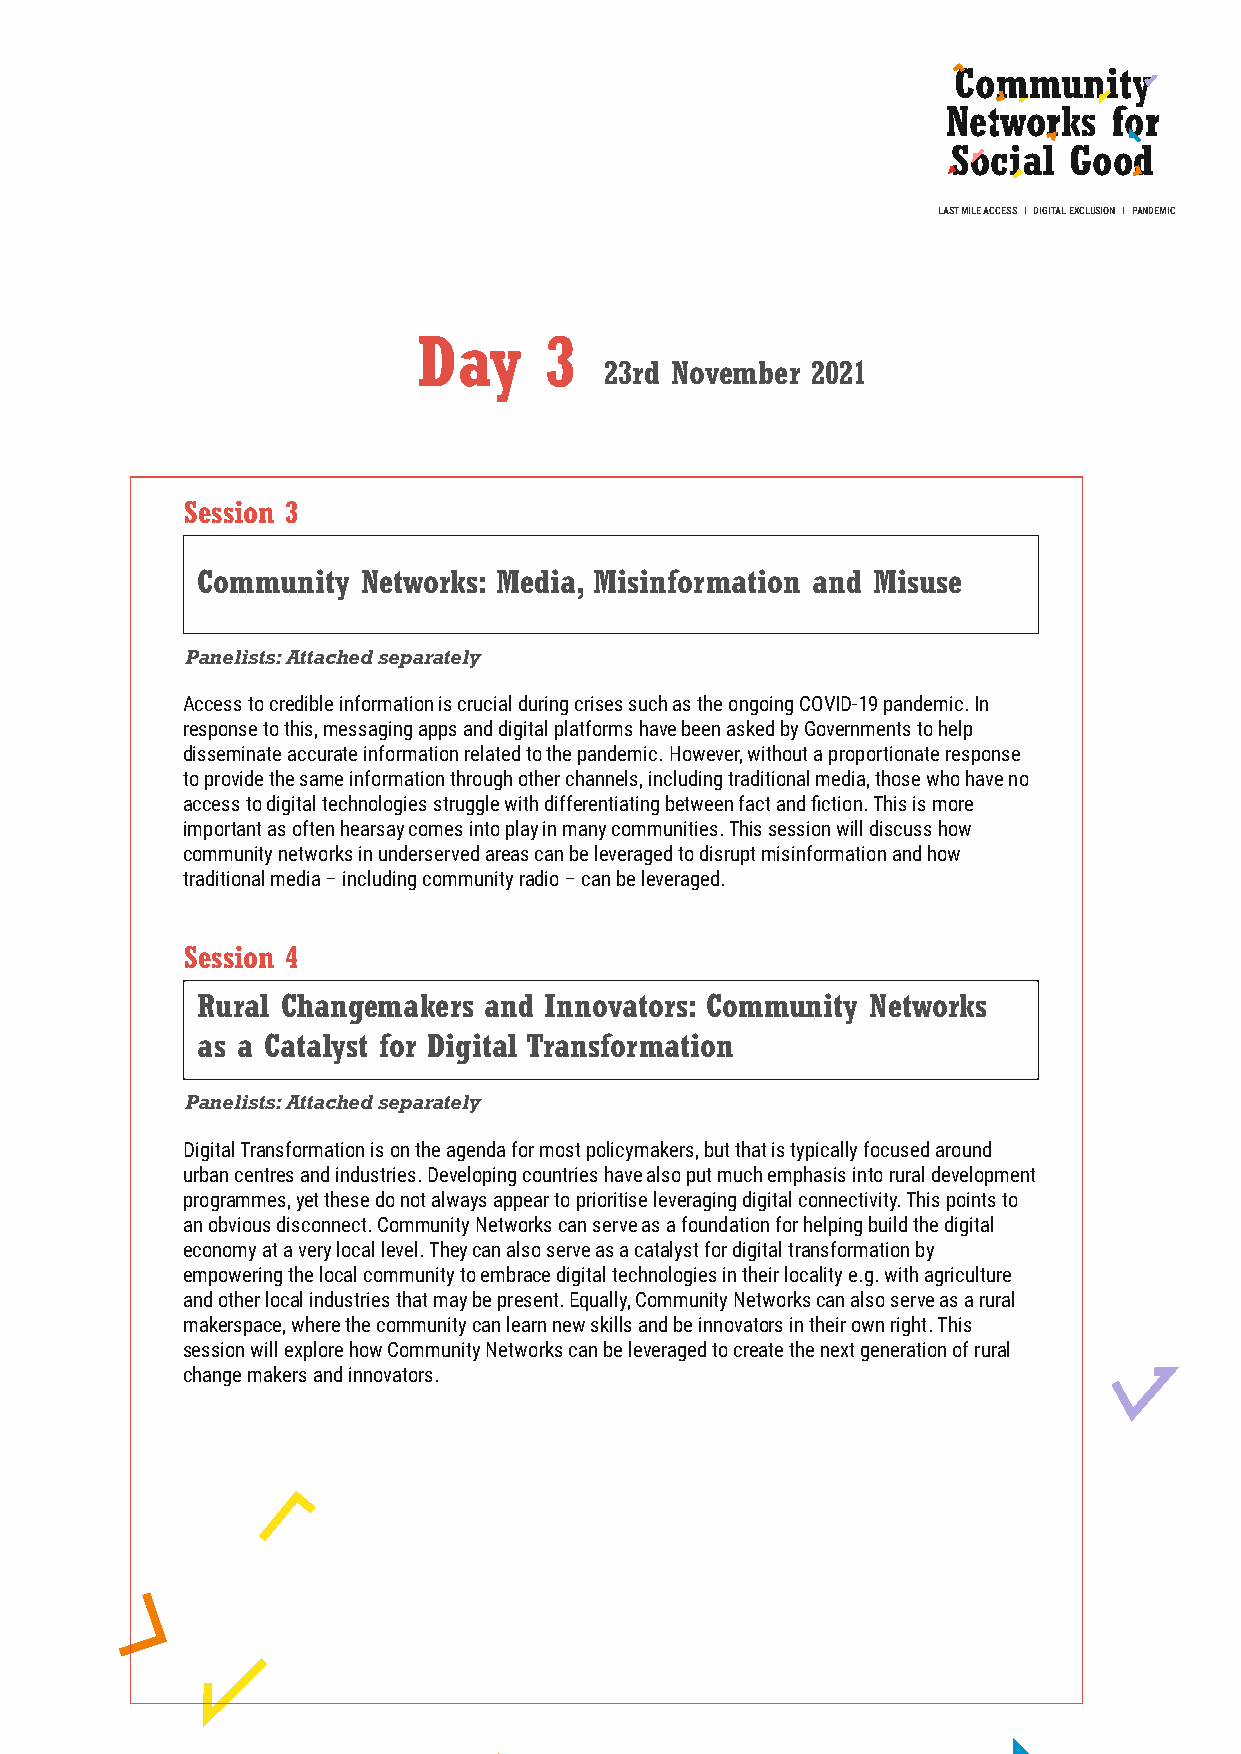
Community
 Networks   for
 Social  Good
 LAST MILE ACCESS I DIGITAL EXCLUSION I PANDEMIC
 Day     3
 23rd November 2021
 Session 3
 Community  Networks: Media, Misinformation and Misuse
 Panelists: Attached separately
 Access to credible information is crucial during crises such as the ongoing COVID-19 pandemic. In
 response to this, messaging apps and digital platforms have been asked by Governments to help
 disseminate accurate information related to the pandemic. However, without a proportionate response
 to provide the same information through other channels, including traditional media, those who have no
 access to digital technologies struggle with differentiating between fact and fiction. This is more
 important as often hearsay comes into play in many communities. This session will discuss how
 community networks in underserved areas can be leveraged to disrupt misinformation and how
 traditional media – including community radio – can be leveraged.
 Session 4
 Rural Changemakers and Innovators: Community Networks
 as a Catalyst for Digital Transformation
 Panelists: Attached separately
 Digital Transformation is on the agenda for most policymakers, but that is typically focused around
 urban centres and industries. Developing countries have also put much emphasis into rural development
 programmes, yet these do not always appear to prioritise leveraging digital connectivity. This points to
 an obvious disconnect. Community Networks can serve as a foundation for helping build the digital
 economy at a very local level. They can also serve as a catalyst for digital transformation by
 empowering the local community to embrace digital technologies in their locality e.g. with agriculture
 and other local industries that may be present. Equally, Community Networks can also serve as a rural
 makerspace, where the community can learn new skills and be innovators in their own right. This
 session will explore how Community Networks can be leveraged to create the next generation of rural
 change makers and innovators.